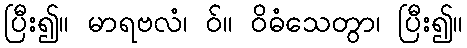
ပြီး၍။ မာရဗလံ၊ ဝ်။ ဝိဓံသေတွာ၊ ပြီး၍။